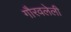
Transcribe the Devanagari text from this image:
गौरवलेली